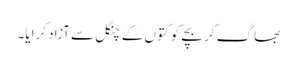
بھاگ کر بچے کو کتوں کے چنگل سے آزاد کرایا۔